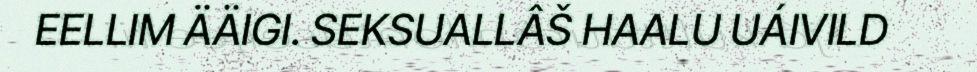
EELLIM ÄÄIGI. SEKSUALLÂŠ HAALU UÁIVILD